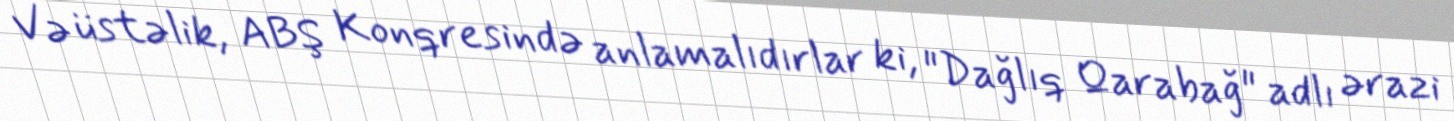
Və üstəlik, ABŞ Konqresində anlamalıdırlar ki, "Dağlıq Qarabağ" adlı ərazi